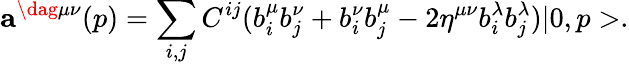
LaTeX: {\mathbf a}^{\dag\mu\nu}(p)=\sum_{i,j}C^{ij}(b_{i}^{\mu}b_{j}^{\nu}+b_{i}^{\nu}b_{j}^{\mu}-2\eta^{\mu\nu}b_{i}^{\lambda}b_{j}^{\lambda})|0,p>.